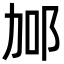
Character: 𨚧